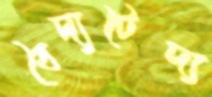
বৈদ্যটৈদ্য